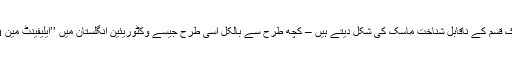
اُس کے چہرے پر ٹیوبرکلیئوس کے زخم پہلے ہی نظر آنے شروع ہو گئے ہونگے، جو کہ ایک ہولناک قسم کے ناقابل شناخت ماسک کی شکل دیتے ہیں – کچھ طرح سے بالکل اُسی طرح جیسے وکٹوریئین انگلستان میں ’’ایلیفینٹ مین Elephant Man‘‘ تھا جو کہ اِس قدر ہیبت ناک تھا کہ اُس کو اپنے چہرے پر نقاب چڑھانا پڑتا تھا۔